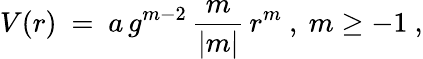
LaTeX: V(r)\ =\ a\, g^{m-2}\, \frac{m}{|m|}\, r^{m}\ ,\ m\geq-1\ ,